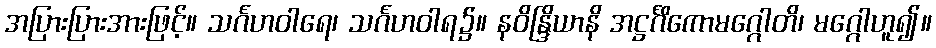
အပြားပြားအားဖြင့်။ သင်္ဂဟဝါရေ၊ သင်္ဂဟဝါရ၌။ နဝိန္ဒြိယာနိ အဋ္ဌင်္ဂိကောမဂ္ဂေါတိ၊ မဂ္ဂေါဟူ၍။